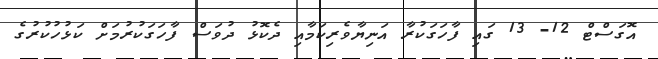
އޮގަސްޓް 12- 13 ގައި ފާހަގަކުރާ އަނިޔާވެރިކަމާއި ދެކޮޅު ދުވަސް ފާހަގަކުރުމަށް ކަޅުހުކުރުގެ